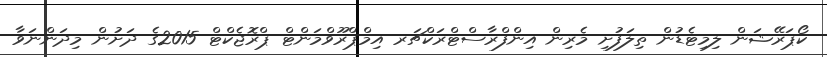
ކޯޕަރޭޝަން ލިމިޓެޑުން ތިލަފުށި މެރިން އިންފްރާސްޓްރަކްޗަރ އިމްޕްރޫވްމަންޓް ޕްރޮޖެކްޓް 2015ގެ ދަށުން މިދަންނަވާ